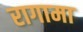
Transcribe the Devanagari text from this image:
रागामा